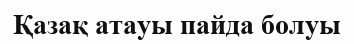
Қазақ атауы пайда болуы